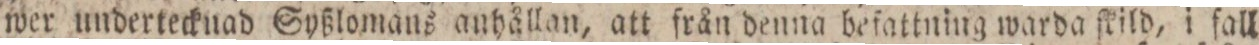
wer undertecknad Syßlomans anhållan, att från denna befattning warda ſkild, i fall